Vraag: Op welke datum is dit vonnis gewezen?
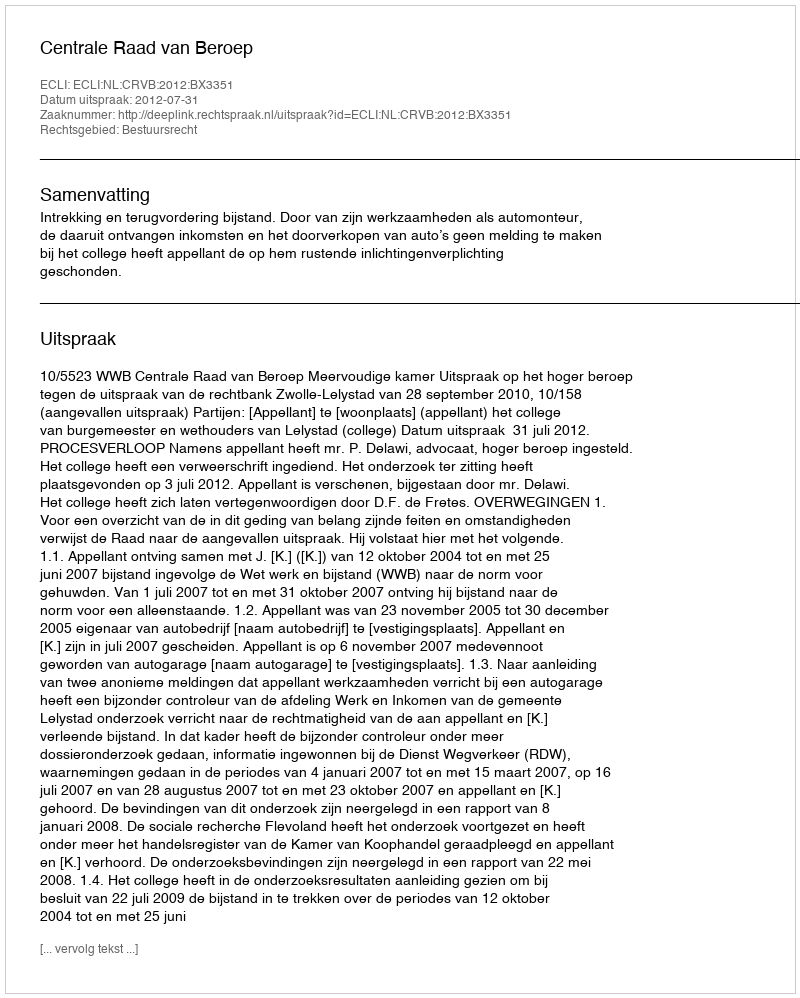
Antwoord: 2012-07-31